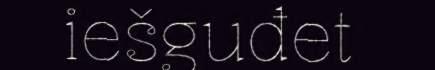
iešguđet